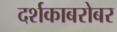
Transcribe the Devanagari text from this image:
दर्शकाबरोबर